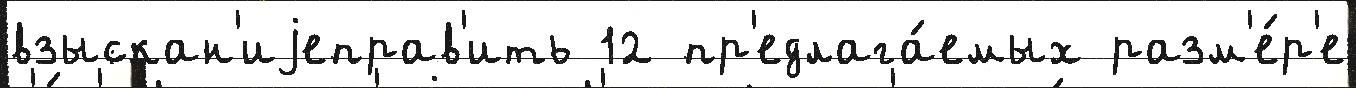
взыскан'иjеправ'ить 12 пр'едлага́емых разм'е́р'е